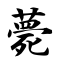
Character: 薨